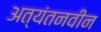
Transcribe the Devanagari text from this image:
अत्यंतनवीन